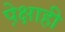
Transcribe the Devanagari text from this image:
पे़क्षाही